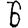
Digit: 6